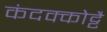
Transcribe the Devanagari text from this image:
कंदक्कोट्टै